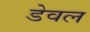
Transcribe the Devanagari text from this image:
डेवल